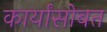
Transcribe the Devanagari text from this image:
कार्यांसोबत